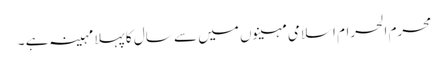
محرم الحرام اسلامی مہینوں میں سے سال کا پہلا مہینہ ہے ۔